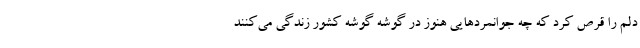
دلم را قرص کرد که چه جوانمردهایی هنوز در گوشه گوشه کشور زندگی می‌کنند